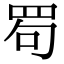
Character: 𦊒